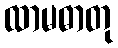
ထာမဓာတု